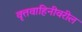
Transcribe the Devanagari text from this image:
वृत्तवाहिनीवरील